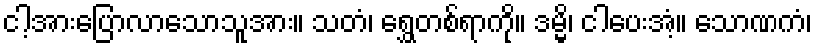
ငါ့အားပြောလာသောသူအား။ သတံ၊ ရွှေတစ်ရာကို။ ဒမ္မိ၊ ငါပေးအံ့။ သောဏကံ၊